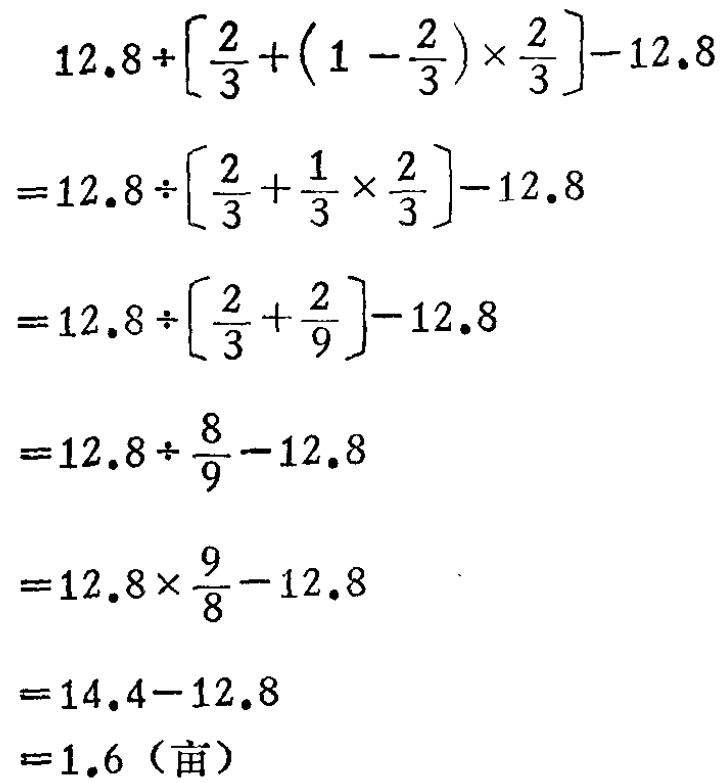
\[

\begin{align*}

&12.8\div\left[\frac{2}{3}+(1 - \frac{2}{3})\times\frac{2}{3}\right]-12.8\\

=&12.8\div\left[\frac{2}{3}+\frac{1}{3}\times\frac{2}{3}\right]-12.8\\

=&12.8\div\left[\frac{2}{3}+\frac{2}{9}\right]-12.8\\

=&12.8\div\frac{8}{9}-12.8\\

=&12.8\times\frac{9}{8}-12.8\\

=&14.4 - 12.8\\

=&1.6 \text{（亩）}

\end{align*}

\]